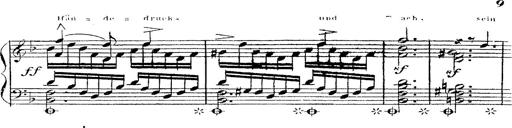
Title: 12 Lieder von Franz Schubert
Composer: Franz Liszt